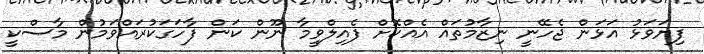
ފިޔަވަޅު އަޅަން ޖެހޭނީ ނިޒާމުތައް އެއްކޮށް ފެއިލްވީމާ ނޫން ކަން ފާހަގަކުރައްވަމުން މާސްކީ